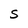
Character: S